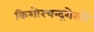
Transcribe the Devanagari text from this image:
किशोरचन्द्रशेखरे